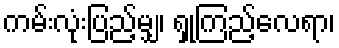
ကမ်းလုံးပြည့်မျှ၊ ရှုကြည့်လေရာ၊